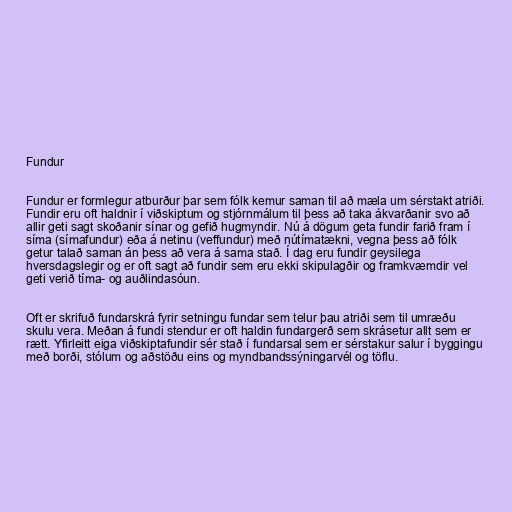
Fundur

Fundur er formlegur atburður þar sem fólk kemur saman til að mæla um sérstakt atriði.
Fundir eru oft haldnir í viðskiptum og stjórnmálum til þess að taka ákvarðanir svo að
allir geti sagt skoðanir sínar og gefið hugmyndir. Nú á dögum geta fundir farið fram í
síma (símafundur) eða á netinu (veffundur) með nútímatækni, vegna þess að fólk
getur talað saman án þess að vera á sama stað. Í dag eru fundir geysilega
hversdagslegir og er oft sagt að fundir sem eru ekki skipulagðir og framkvæmdir vel
geti verið tíma- og auðlindasóun.

Oft er skrifuð fundarskrá fyrir setningu fundar sem telur þau atriði sem til umræðu
skulu vera. Meðan á fundi stendur er oft haldin fundargerð sem skrásetur allt sem er
rætt. Yfirleitt eiga viðskiptafundir sér stað í fundarsal sem er sérstakur salur í byggingu
með borði, stólum og aðstöðu eins og myndbandssýningarvél og töflu.